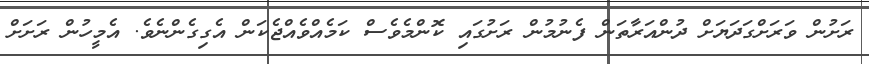
ރަށުން ވަރަށްގަދަޔަށް ދުންއަރާތަން ފެނުމުން ރަށުގައި ކޮންމެވެސް ކަމެއްވެއްޖެކަން އެގިގެންނެވެ. އެމީހުން ރަށަށް